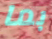
بما